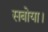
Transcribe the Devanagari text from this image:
सबोया।